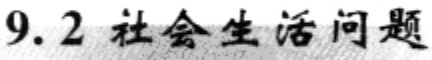
9.2 社会生活问题